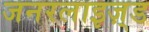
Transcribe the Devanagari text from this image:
जनरलाइज़्ड